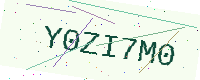
Text: Y0ZI7M0